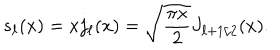
s _ { \ell } ( x ) = x j _ { \ell } ( x ) = \sqrt { { \frac { \pi x } { 2 } } } J _ { { \ell + 1 / 2 } } ( x ) .